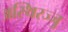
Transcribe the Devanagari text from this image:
अस्थिरज्जु